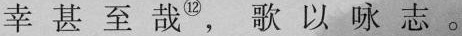
幸甚至哉^{①②} ，歌以咏志。